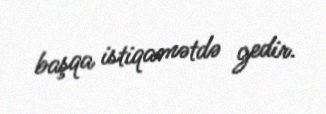
başqa istiqamətdə gedir.